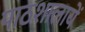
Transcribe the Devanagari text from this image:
पाठशालायें